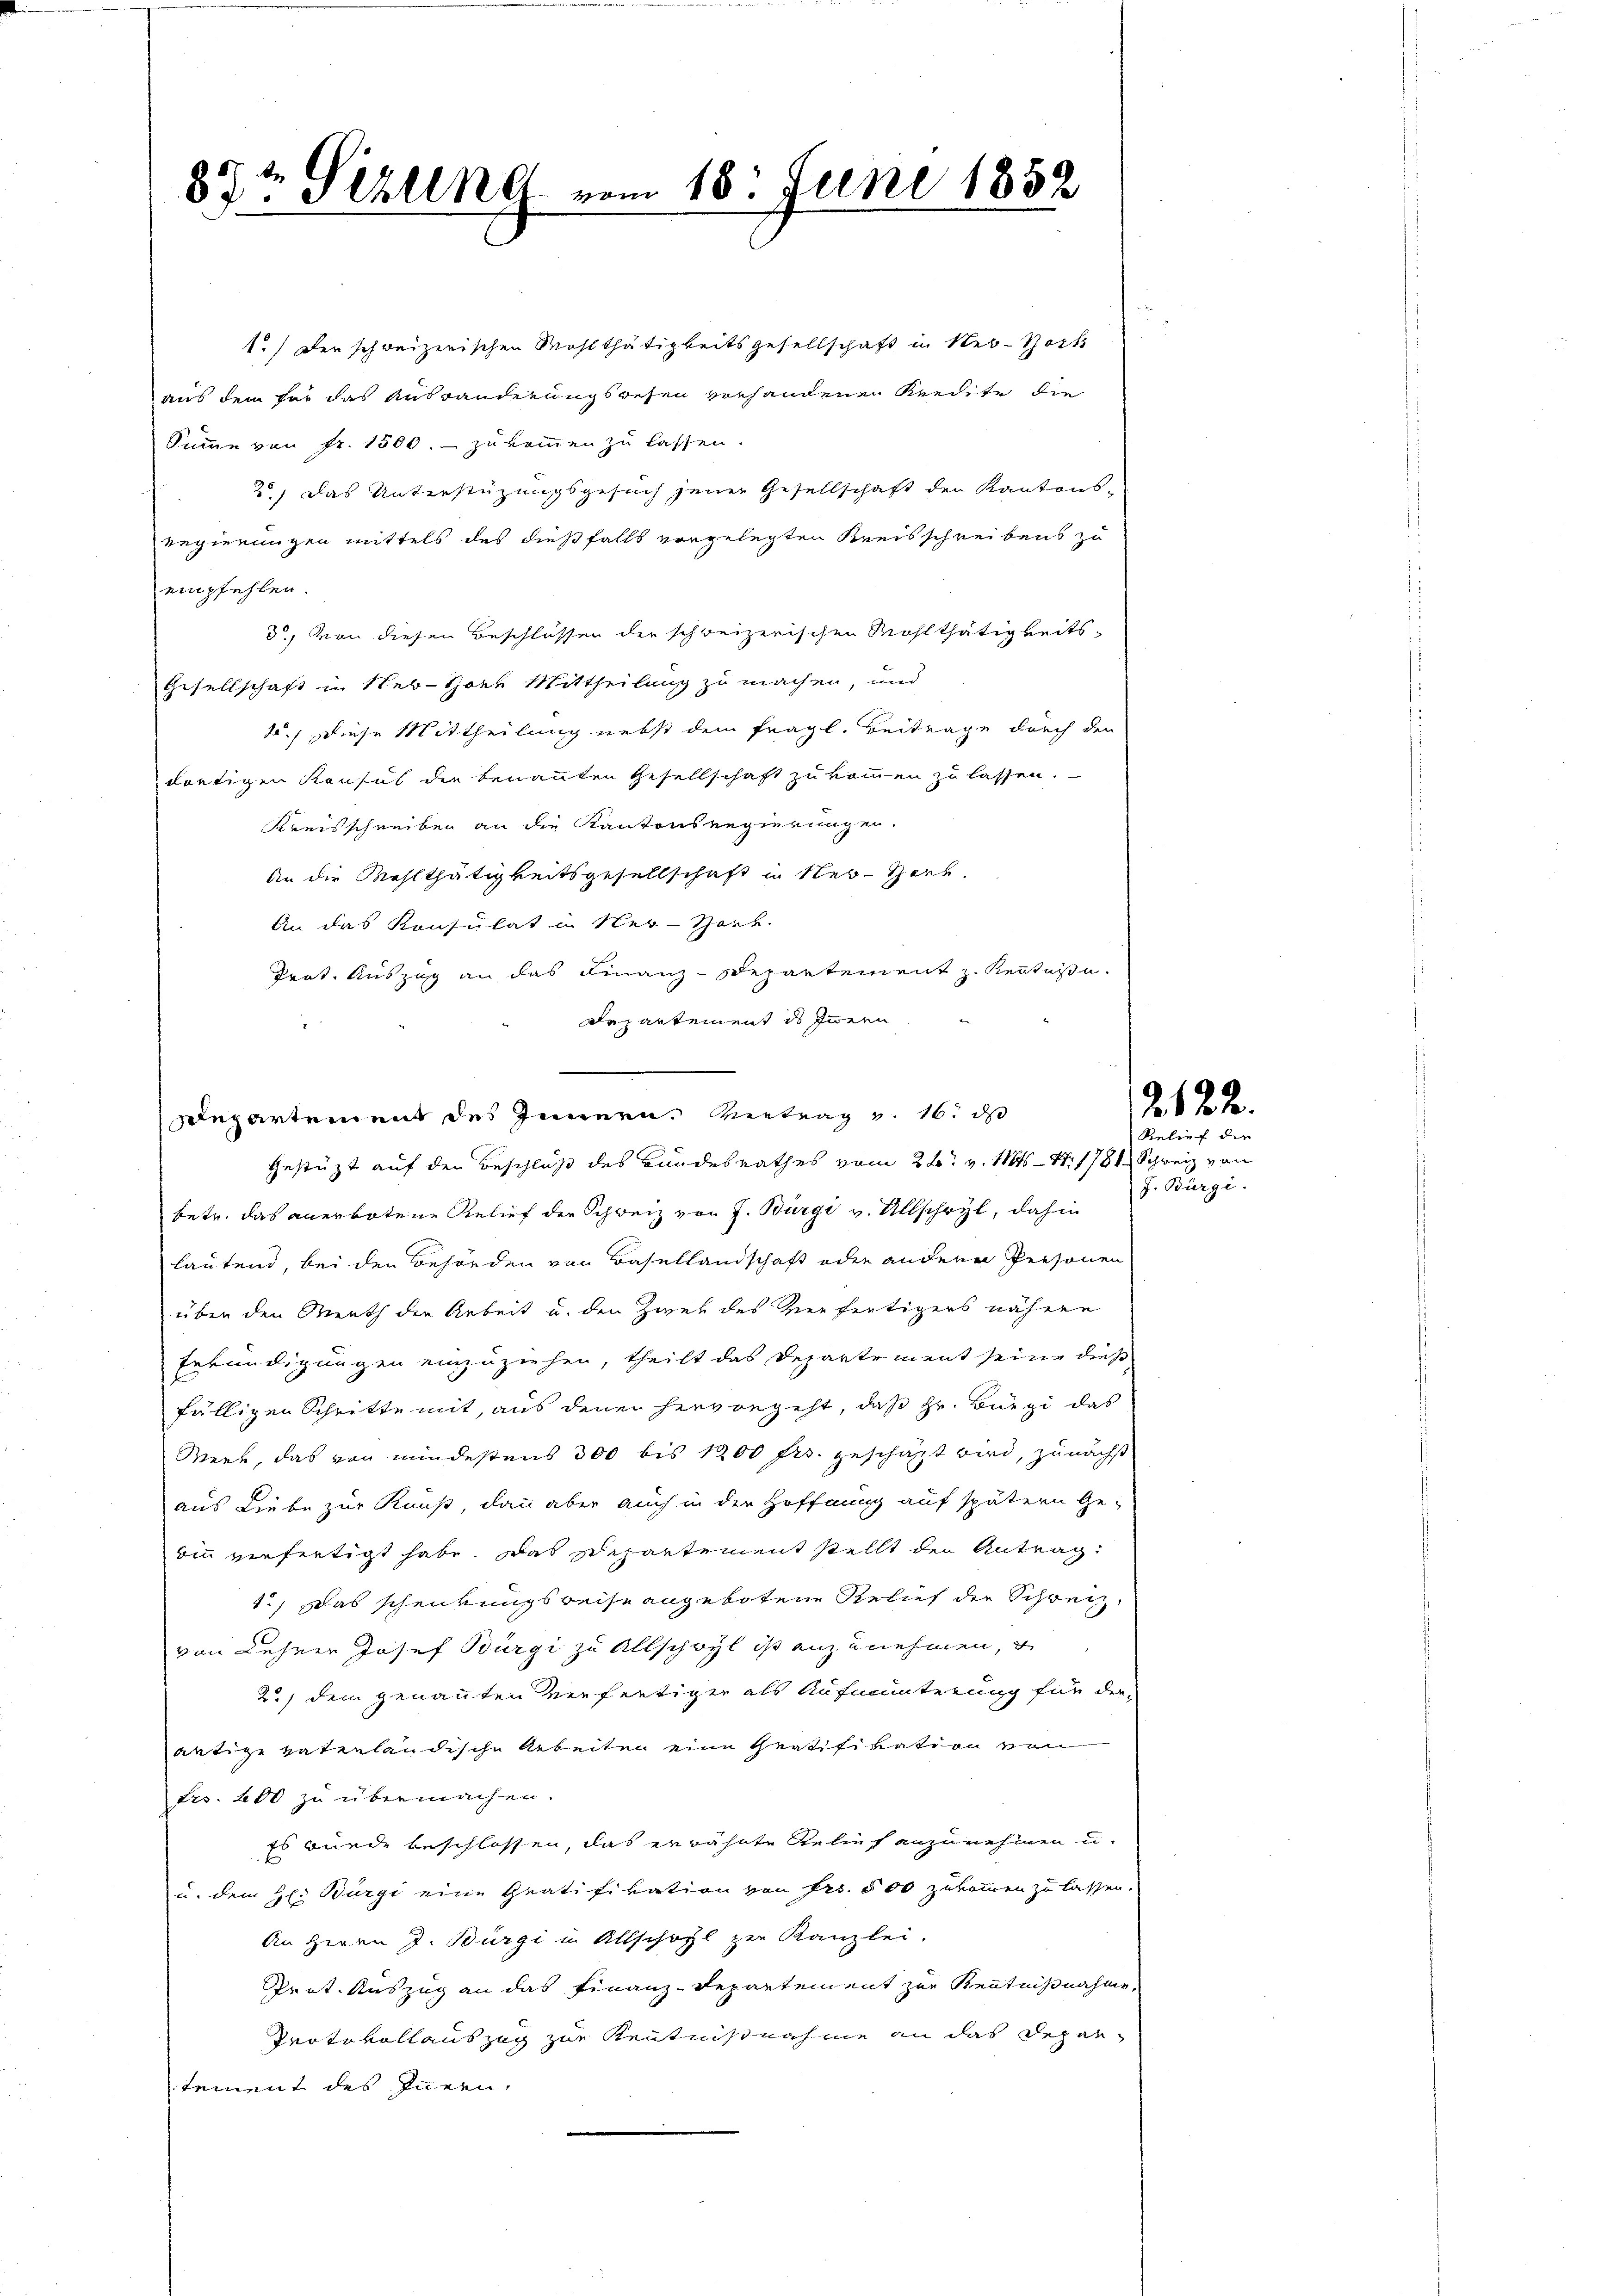
87t Sizung vom 18. Juni 1852

Departement des Innern. Vertrag v. 16. ds

1.) Der schweizerischen Wohlthätigkeitsgesellschaft in New-York
aus dem für das Auswanderungswesen vorhandenen Kredite die
Summe von Fr. 1500. - zukommen zu lassen.
2) Das Unterstüzungsgesuch jener Gesellschaft der Kantons-
Regierungen mittels des dießfalls vorgelegten Kreisschreibens zu
empfehlen.
3.) Von diesen Beschlüssen der schweizerischen Wohlthätigkeits¬
Gesellschaft in New-York Mittheilung zu machen, und
2.) diese Mittheilung nebst dem fragl. Beitrage durch den
dortigen Konsul die benannten Gesellschaft zukommen zu lassen.
Kreisschreiben an die Kantonsregierungen.
An die Mehlthätigkeitsgesellschaft in Ner-Verk
An das Konsulat in Ner-Vort.
Trat. Auszug an das Finanz-Departement z. Rectore.
Departement des Innern
Gestützt auf den Beschluß des Bundesrathes vom 26t v. Mts. — 11. 1781 Schweiz von
betr. das anerbotene Relief der Schweiz von J. Bürgi v. Allschwyl, dahin
lautend, bei den Behörden von Basellandschaft oder andere Personen
über den Menth der Arbeit und den Zwei des Vierfertigers nähere
Erkundigungen einzuziehen, theilt das Departement seine dies
fälligen Schritte mit, aus denen hervorgeht, daß Hr. Bürgi das
Werk, das von mindestens 300 bis 1200 frs. geschäzt wird, zunächst
aus Liebe zur Kunst, dann aber auch in der Hoffnung auf spätern Ge-
rin verfertigt habe. Das Departement stellt den Antrag
1.) Das schenkungsweise angebotene Relief der Schweiz
von Lehrer Josef Bürgi zu Allschwyl ist anzunehmen, u
2.) Dem genannten Verfertiger als Aufmunterung für der
artige vaterländische Arbeiten eine Gratifikation von
Ers. 400 zu übermachen.
Es wurde beschlossen, das erwähnte Relief anzunehmen u.
u. dem H: Bürgi eine Gratifikation von Fr. 500 zukommen zu lassen.
An Herrn J. Bürgi in Allschöpl zur Kanzlei.
Pret. Auszug an das Finanz-Repartement zur Kenntnißnahme,
Teotevollauszug zur Kenntnisnahme an das Departement des Innern,

J. Bürgi

2. 122.
Relief die